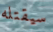
سيقتله